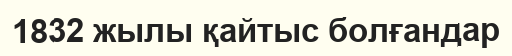
1832 жылы қайтыс болғандар